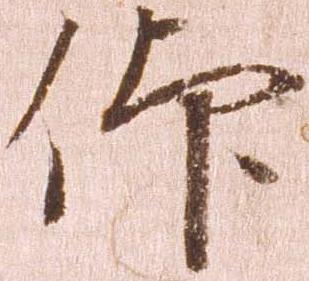
仰